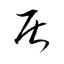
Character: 居